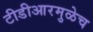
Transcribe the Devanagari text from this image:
टीडीआरमुळेच